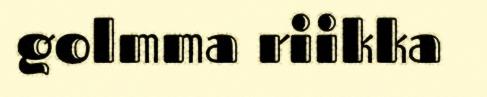
golmma riikka